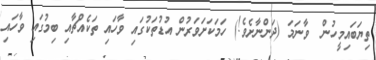
ތިޔަބައިމީހުން  ވާނަމަ (ދަންނާށެވެ!) ހަމަކަށަވަރުން އުޑުތަކުގައި ވާހައި ތަކެއްޗާއި ބިމުގައި ވާހައި